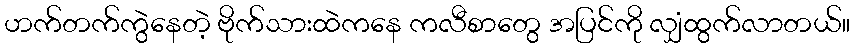
ဟက်တက်ကွဲနေတဲ့ ဗိုက်သားထဲကနေ ကလီစာတွေ အပြင်ကို လျှံထွက်လာတယ်။